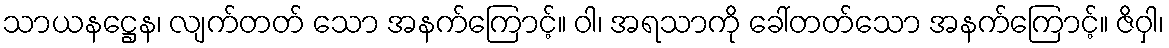
သာယနဋ္ဌေန၊ လျက်တတ် သော အနက်ကြောင့်။ ဝါ၊ အရသာကို ခေါ်တတ်သော အနက်ကြောင့်။ ဇိဝှါ၊